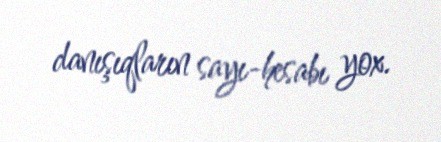
danışıqların sayı-hesabı yox.